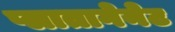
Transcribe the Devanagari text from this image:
प्लातागेनेट